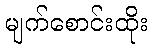
မျက်စောင်းထိုး